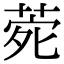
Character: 𮏑